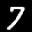
Label: 7